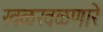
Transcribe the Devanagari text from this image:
खळखळणारे